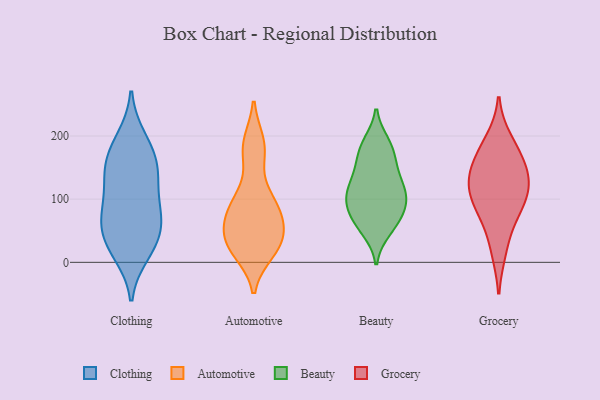
{"axis": {"x": "Production Output", "y": "Value"}, "legend": ["Automotive", "Beauty", "Clothing", "Grocery"], "data": [{"x": "", "y": 143, "type": "Clothing"}, {"x": "", "y": 29, "type": "Clothing"}, {"x": "", "y": 187, "type": "Clothing"}, {"x": "", "y": 108, "type": "Clothing"}, {"x": "", "y": 22, "type": "Clothing"}, {"x": "", "y": 71, "type": "Clothing"}, {"x": "", "y": 148, "type": "Clothing"}, {"x": "", "y": 51, "type": "Clothing"}, {"x": "", "y": 145, "type": "Clothing"}, {"x": "", "y": 14, "type": "Clothing"}, {"x": "", "y": 160, "type": "Clothing"}, {"x": "", "y": 196, "type": "Clothing"}, {"x": "", "y": 73, "type": "Clothing"}, {"x": "", "y": 92, "type": "Clothing"}, {"x": "", "y": 59, "type": "Clothing"}, {"x": "", "y": 102, "type": "Automotive"}, {"x": "", "y": 18, "type": "Automotive"}, {"x": "", "y": 35, "type": "Automotive"}, {"x": "", "y": 175, "type": "Automotive"}, {"x": "", "y": 188, "type": "Automotive"}, {"x": "", "y": 79, "type": "Automotive"}, {"x": "", "y": 40, "type": "Automotive"}, {"x": "", "y": 25, "type": "Automotive"}, {"x": "", "y": 90, "type": "Automotive"}, {"x": "", "y": 64, "type": "Automotive"}, {"x": "", "y": 188, "type": "Beauty"}, {"x": "", "y": 131, "type": "Beauty"}, {"x": "", "y": 113, "type": "Beauty"}, {"x": "", "y": 63, "type": "Beauty"}, {"x": "", "y": 181, "type": "Beauty"}, {"x": "", "y": 59, "type": "Beauty"}, {"x": "", "y": 98, "type": "Beauty"}, {"x": "", "y": 146, "type": "Beauty"}, {"x": "", "y": 83, "type": "Beauty"}, {"x": "", "y": 117, "type": "Beauty"}, {"x": "", "y": 180, "type": "Beauty"}, {"x": "", "y": 101, "type": "Beauty"}, {"x": "", "y": 106, "type": "Beauty"}, {"x": "", "y": 156, "type": "Beauty"}, {"x": "", "y": 51, "type": "Beauty"}, {"x": "", "y": 79, "type": "Beauty"}, {"x": "", "y": 19, "type": "Grocery"}, {"x": "", "y": 154, "type": "Grocery"}, {"x": "", "y": 171, "type": "Grocery"}, {"x": "", "y": 85, "type": "Grocery"}, {"x": "", "y": 109, "type": "Grocery"}, {"x": "", "y": 122, "type": "Grocery"}, {"x": "", "y": 193, "type": "Grocery"}, {"x": "", "y": 115, "type": "Grocery"}, {"x": "", "y": 143, "type": "Grocery"}, {"x": "", "y": 70, "type": "Grocery"}]}